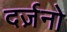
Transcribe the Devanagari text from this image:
दर्ज़नो